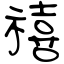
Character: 禧